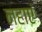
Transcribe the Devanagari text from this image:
नहाएं